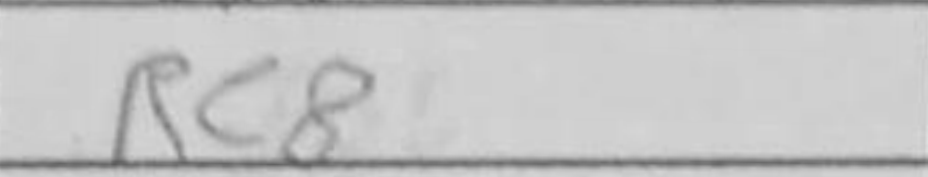
Transcription: Rc8